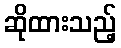
ဆိုထားသည့်